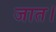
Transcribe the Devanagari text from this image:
जात।